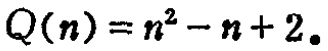
\(Q(n)=n^{2}-n + 2。\)